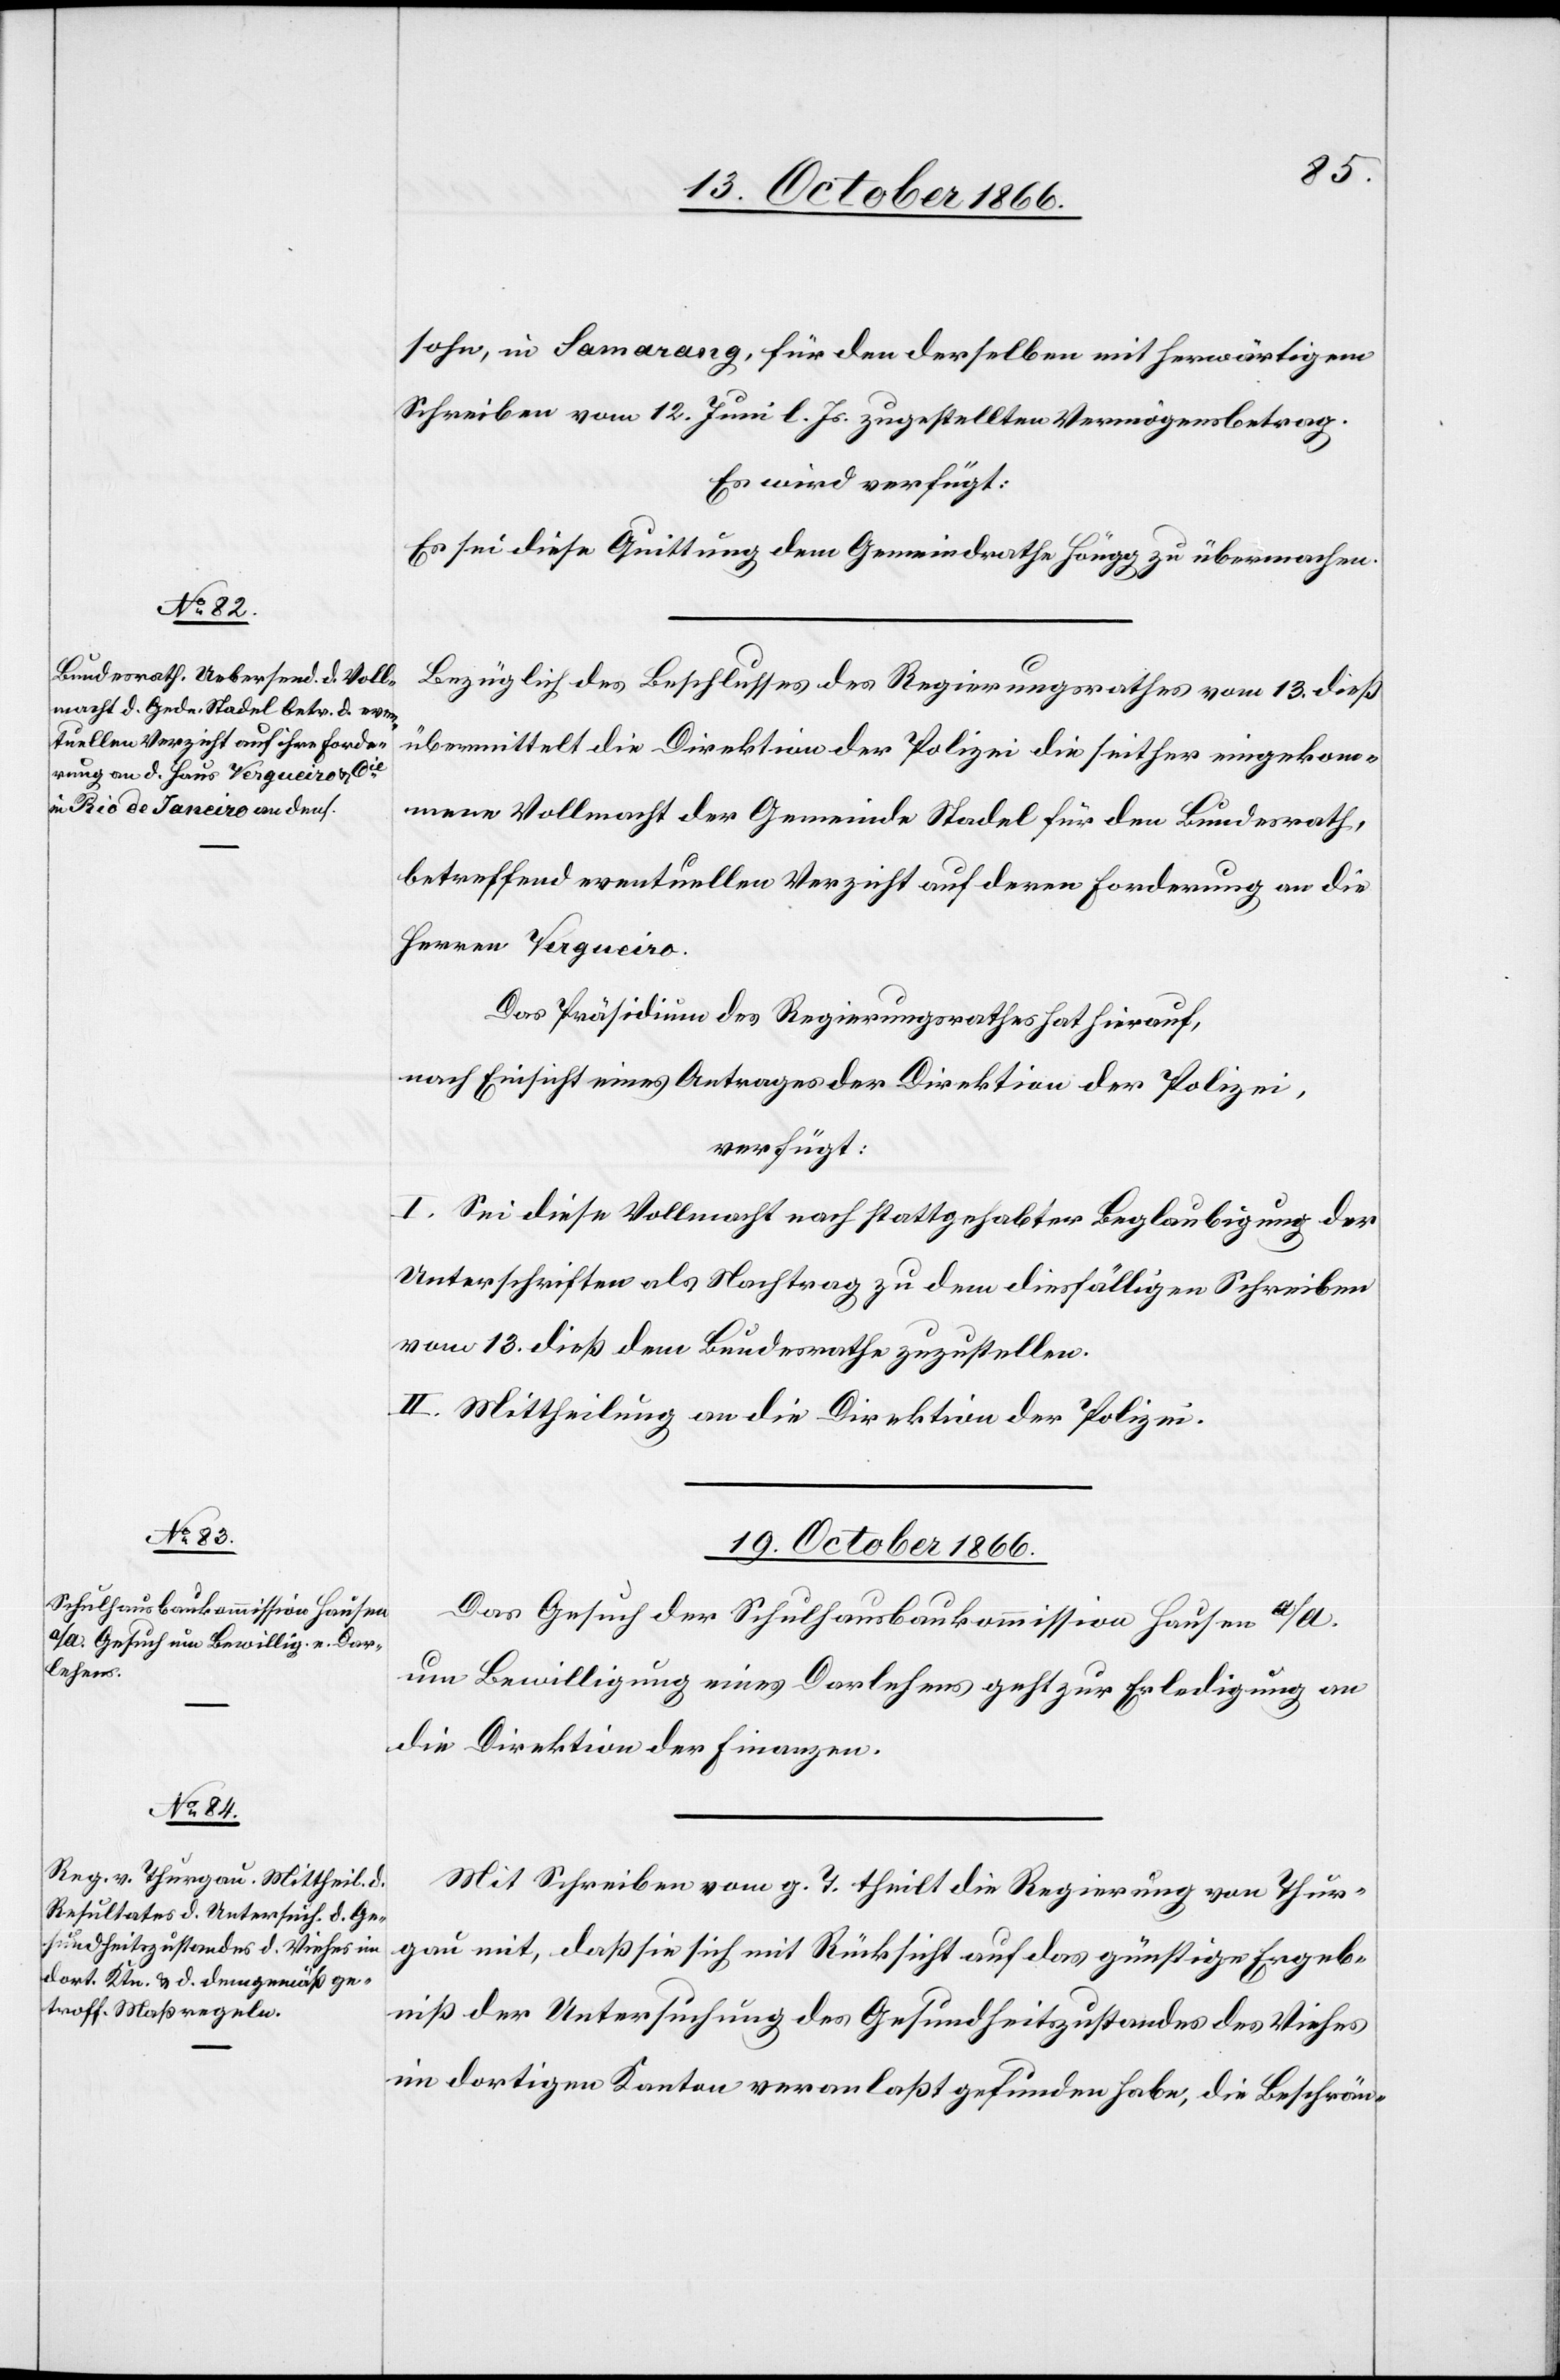
18. October 1866.]
sohn, in Samarang, für den derselben mit herwärtigem
Schreiben vom 12. Juni l. Js. zugestellten Vermögensbetrag.
Es wird verfügt:
Es sei diese Quittung dem Gemeindrathe Höngg zu übermachen.
Bezüglich des Beschlusses des Regierungsrathes vom 13. dieß
übermittelt die Direktion der Polizei die seither eingekom¬
mene Vollmacht der Gemeinde Stadel für den Bundesrath,
betreffend eventuellen Verzicht auf deren Forderung an die
Herren Vergueiro.
Das Präsidium des Regierungsrathes hat hierauf,
nach Einsicht eines Antrages der Direktion der Polizei,
verfügt:
I. Sei diese Vollmacht nach stattgehabter Beglaubigung der
Unterschriften als Nachtrag zu dem diesfälligen Schreiben
vom 13. dieß dem Bundesrathe zuzustellen.
II. Mittheilung an die Direktion der Polizei.
19. October 1866.]
Das Gesuch der Schulhausbaukommission Hausen a/a.
um Bewilligung eines Darlehens geht zur Erledigung an
die Direktion der Finanzen.
Mit Schreiben vom g. T. theilt die Regierung von Thur¬
gau mit, daß sie sich mit Rücksicht auf das günstige Ergeb¬
niß der Untersuchung des Gesundheitszustandes des Viehes
im dortigen Kanton veranlaßt gefunden habe, die Beschrän-